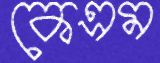
কেএম